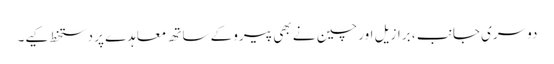
دوسری جانب ، برازیل اور چین نے بھی پیرو کے ساتھ معاہدے پر دستخط کیے۔